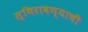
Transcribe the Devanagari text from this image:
स्थिरावण्याची